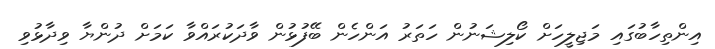
އިންތިހާބުގައި މަޖިލީހަށް ކޯލިޝަނުން ހަތަރު އަންހެން ބޭފުޅުން ވާދަކުރައްވާ ކަމަށް ދުންޔާ ވިދާޅުވި